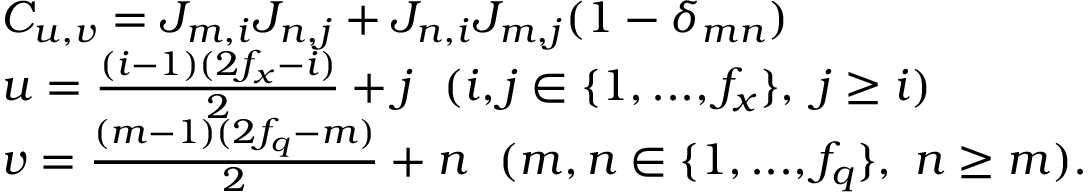
\begin{array} { r l } & { C _ { u , v } = J _ { m , i } J _ { n , j } + J _ { n , i } J _ { m , j } ( 1 - \delta _ { m n } ) } \\ & { u = \frac { ( i - 1 ) ( 2 f _ { x } - i ) } { 2 } + j ~ ~ ( i , j \in \{ 1 , . . . , f _ { x } \} , ~ j \ge i ) } \\ & { v = \frac { ( m - 1 ) ( 2 f _ { q } - m ) } { 2 } + n ~ ~ ( m , n \in \{ 1 , . . . , f _ { q } \} , ~ n \ge m ) . } \end{array}